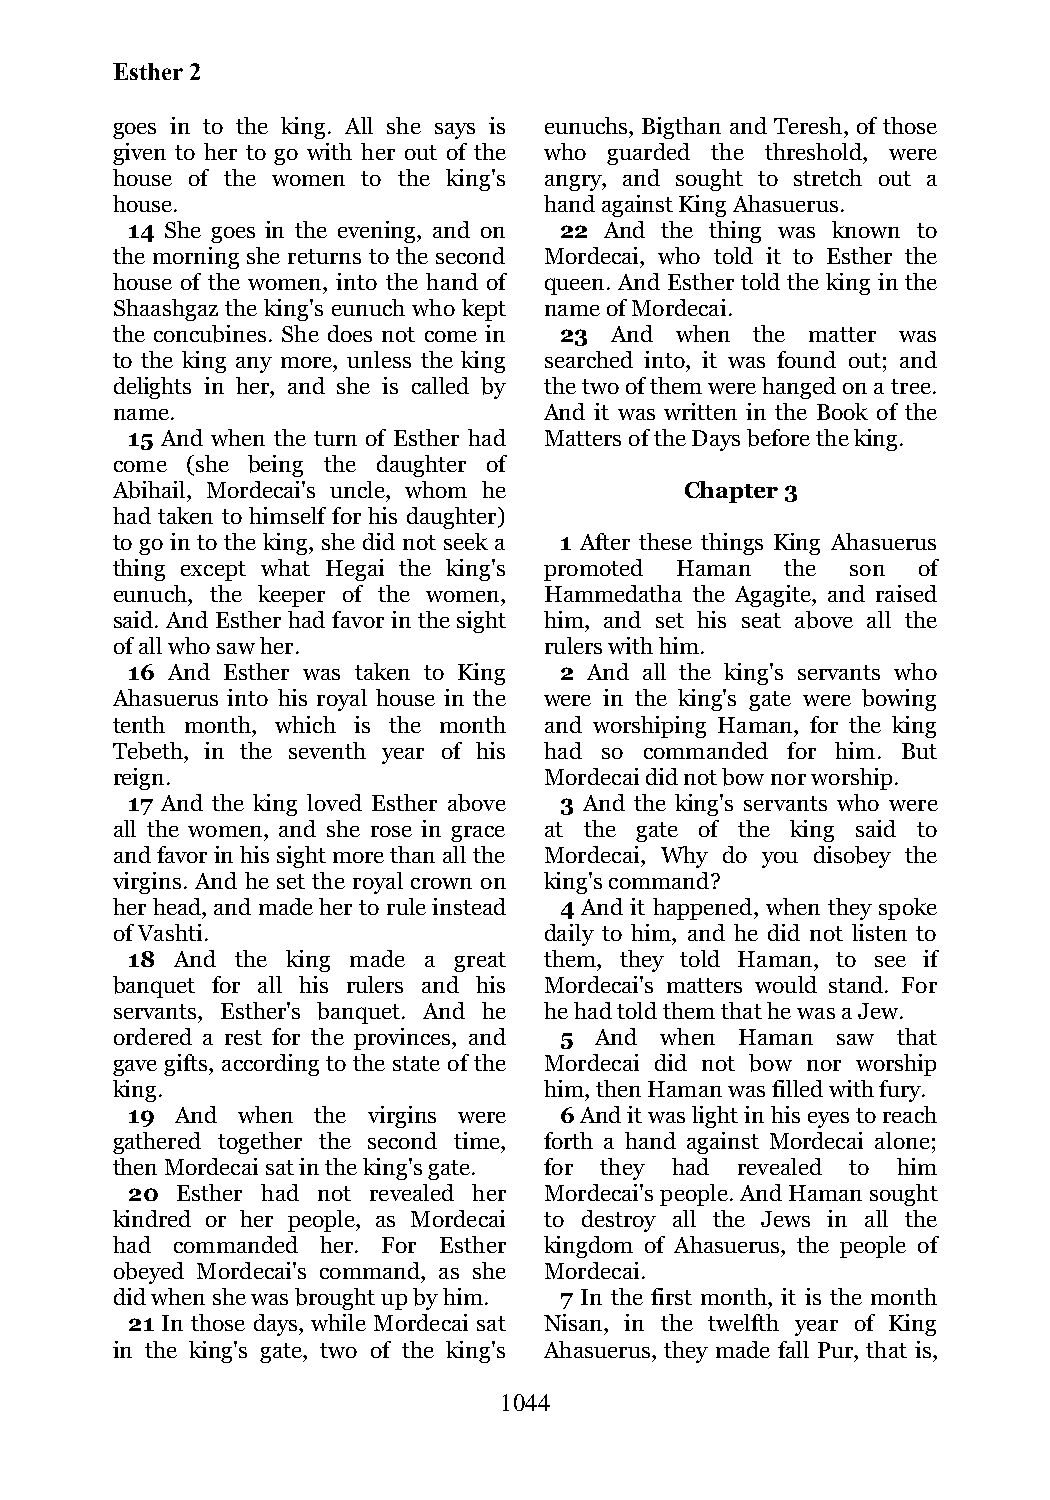
Esther 2
 goes in to the king. All she says is eunuchs, Bigthan and Teresh, of those
 given to her to go with her out of the who guarded the threshold, were
 house of the women to the king's angry, and sought to stretch out a
 house.                       hand against King Ahasuerus.
 14 She goes in the evening, and on 22 And the thing was known to
 the morning she returns to the second Mordecai, who told it to Esther the
 house of the women, into the hand of queen. And Esther told the king in the
 Shaashgaz the king's eunuch who kept name of Mordecai.
 the concubines. She does not come in 23 And when the matter was
 to the king any more, unless the king searched into, it was found out; and
 delights in her, and she is called by the two of them were hanged on a tree.
 name.                        And it was written in the Book of the
 15 And when the turn of Esther had Matters of the Days before the king.
 come (she being the daughter of
 Abihail, Mordecai's uncle, whom he    Chapter 3
 had taken to himself for his daughter)
 to go in to the king, she did not seek a 1 After these things King Ahasuerus
 thing except what Hegai the king's promoted Haman the son of
 eunuch, the keeper of the women, Hammedatha the Agagite, and raised
 said. And Esther had favor in the sight him, and set his seat above all the
 of all who saw her.          rulers with him.
 16 And Esther was taken to King 2 And all the king's servants who
 Ahasuerus into his royal house in the were in the king's gate were bowing
 tenth month, which is the month and worshiping Haman, for the king
 Tebeth, in the seventh year of his had so commanded for him. But
 reign.                       Mordecai did not bow nor worship.
 17 And the king loved Esther above 3 And the king's servants who were
 all the women, and she rose in grace at the gate of the king said to
 and favor in his sight more than all the Mordecai, Why do you disobey the
 virgins. And he set the royal crown on king's command?
 her head, and made her to rule instead 4 And it happened, when they spoke
 of Vashti.                   daily to him, and he did not listen to
 18  And the king made a great them, they told Haman, to see if
 banquet for all his rulers and his Mordecai's matters would stand. For
 servants, Esther's banquet. And he he had told them that he was a Jew.
 ordered a rest for the provinces, and 5 And when Haman saw that
 gave gifts, according to the state of the Mordecai did not bow nor worship
 king.                        him, then Haman was filled with fury.
 19  And when the virgins were 6 And it was light in his eyes to reach
 gathered together the second time, forth a hand against Mordecai alone;
 then Mordecai sat in the king's gate. for they had revealed to him
 20  Esther had not revealed her Mordecai's people. And Haman sought
 kindred or her people, as Mordecai to destroy all the Jews in all the
 had commanded her. For Esther kingdom of Ahasuerus, the people of
 obeyed Mordecai's command, as she Mordecai.
 did when she was brought up by him. 7 In the first month, it is the month
 21 In those days, while Mordecai sat Nisan, in the twelfth year of King
 in the king's gate, two of the king's Ahasuerus, they made fall Pur, that is,
 1044